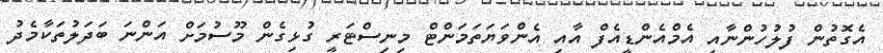
އެގޮތުން ފުލުހުންނާއި އެމްއެންޑީއެފް އާއި އެންވަޔަތަމަންޓް މިނިސްޓަރީ ގުޅިގެން މޫސުމަށް އަންނަ ބަދަލުތަކާމެދު